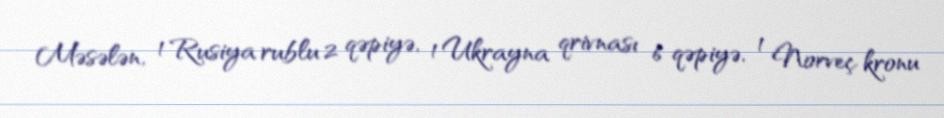
Məsələn, 1 Rusiya rublu 2 qəpiyə, 1 Ukrayna qrivnası 6 qəpiyə, 1 Norveç kronu